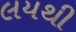
લયથી